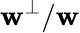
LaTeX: \mathbf{w}^{\perp}/\mathbf{w}